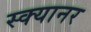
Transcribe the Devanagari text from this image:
स्क्यानर